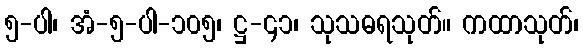
၅-ပါ၊ အံ-၅-ပါ-၁၀၅၊ ဋ္ဌ-၄၁၊ သုသဓရသုတ်။ ကထာသုတ်၊